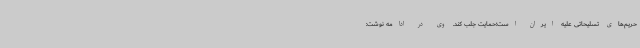
حریم‌های تسلیحاتی علیه ایران است؛حمایت جلب کند. وی در ادامه نوشت: